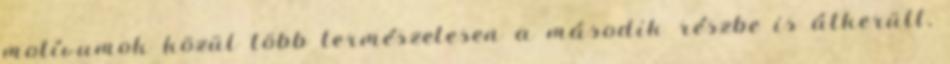
motívumok közül több természetesen a második részbe is átkerült,